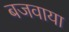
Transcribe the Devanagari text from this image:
बजवाया